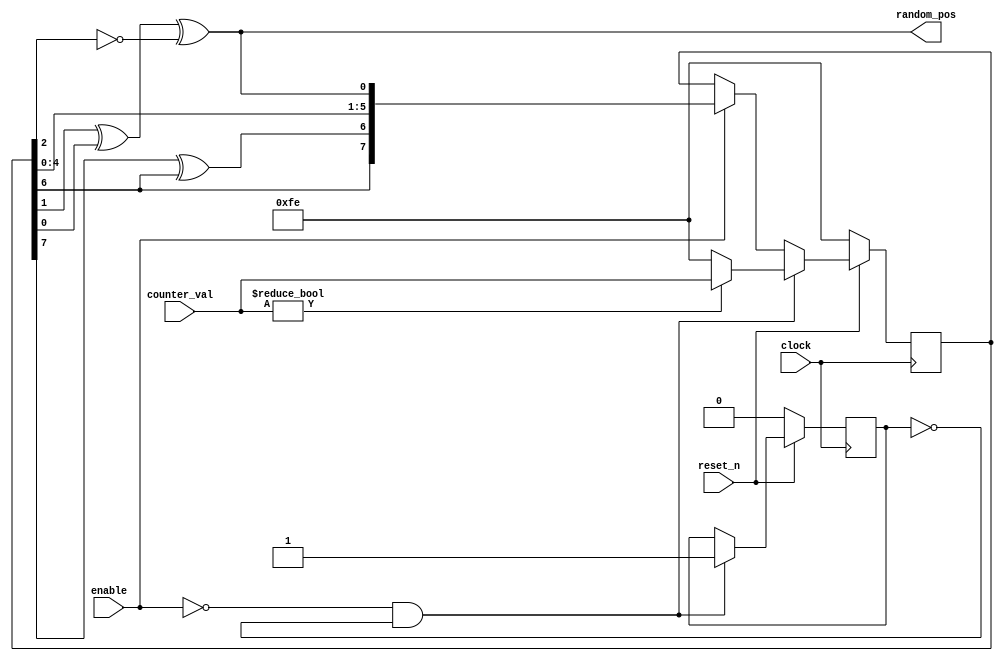
module lfsr(clock, reset_n, enable, counter_val, random_pos);

	//TODO: make more random
	input clock;
	input reset_n;
	// we need enable so we can set a random seed for the LFSR
	input enable;
	input [7:0] counter_val;
	
	// 1 bit position of XOR'd values
	// also serves as the go in the control
	output random_pos;
	
	// stores total value in LSFR
	reg [7:0] LFSR_val;
	
	// random values
	wire end_val = LFSR_val[1] ^ LFSR_val[0] ^ ~LFSR_val[2];
	wire mid_val = LFSR_val[7] ^ LFSR_val[6];
	
	// counter value helps find seed for LFSR
	
	// flag to determine whether the LFSR seed value has been set
	// necessary to allow it to be pseudo-random
	reg LFSR_set;
	
	
	always @(posedge clock)
		begin
			// on reset we can use any value, set flag to 0 (not set)
			if (!reset_n)
				begin
					LFSR_val <= 8'b11111110;
					LFSR_set <= 1'b0;
				end
			// while enable is off and flag = 0, we can update 
			// the LSFR value to be a random seed
			else if (!enable & !LFSR_set)
				begin
					LFSR_val <= (counter_val != 8'b0) ? counter_val : 8'b11111110;
					LFSR_set <= 1'b1;
				end
			// when we need the LFSR to work, we can generate our pseudorandom values
			else if (enable)
				LFSR_val <= {LFSR_val[6], mid_val, LFSR_val[4], LFSR_val[3],
								 LFSR_val[2], LFSR_val[1], LFSR_val[0], end_val};
		end
	
	//end val will be pseudorandom, so this is all we need
	assign random_pos = end_val;
		
	
endmodule